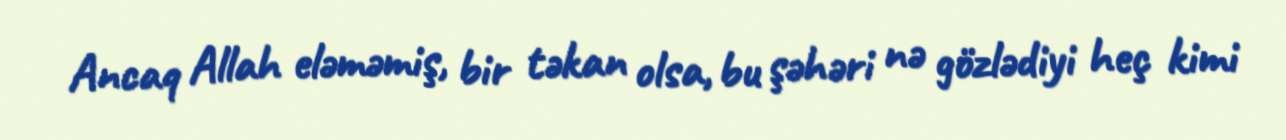
Ancaq Allah eləməmiş, bir təkan olsa, bu şəhəri nə gözlədiyi heç kimi